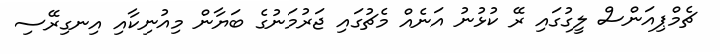
ޗެމްޕިއަންސް ލީގުގައި ރޭ ކުޅުނު އަނެއް މެޗުގައި ޖަރުމަނުގެ ބަޔާން މިއުނިކާއި އިނގިރޭސި